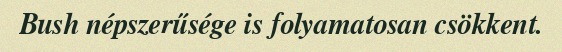
Bush népszerűsége is folyamatosan csökkent.